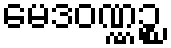
မေဒဝဏ္ဏဉ္စ